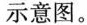
示意图。